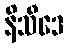
နိသီဒေ